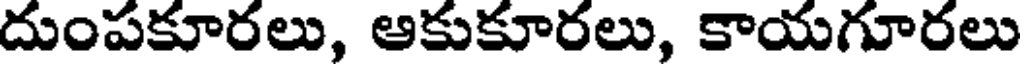
దుంపకూరలు, ఆకుకూరలు, కాయగూరలు